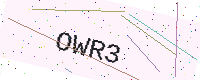
Text: OWR3